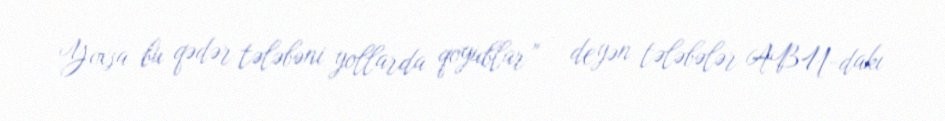
Yoxsa bu qədər tələbəni yollarda qoyublar” - deyən tələbələr ABU-dakı